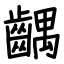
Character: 齵